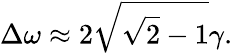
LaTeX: \Delta\omega\approx 2\sqrt{\sqrt{2}-1}\gamma.